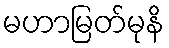
မဟာမြတ်မုနိ